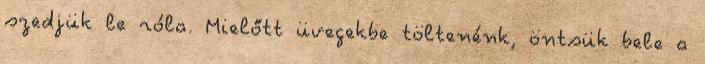
szedjük le róla. Mielőtt üvegekbe töltenénk, öntsük bele a